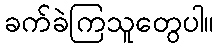
ခက်ခဲကြသူတွေပါ။